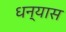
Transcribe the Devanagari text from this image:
धन्यास